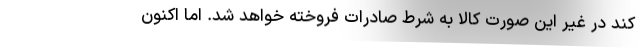
کند در غیر این صورت کالا به شرط صادرات فروخته خواهد شد. اما اکنون